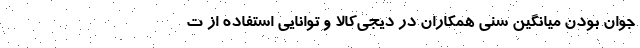
جوان بودن میانگین سنی همکاران در دیجی‌کالا و توانایی استفاده از ت